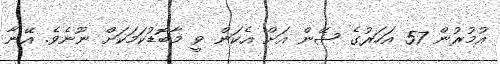
އުމުރުން 57 އަހަރުގެ ޝޭން އަށް އެކަން ވީ މާބޮޑުކަމަކަށް ނޫނެވެ. އޭނާ